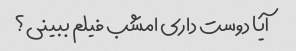
آیا دوست داری امشب فیلم ببینی؟